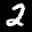
Label: 2